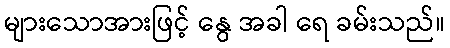
များသောအားဖြင့် နွေ အခါ ရေ ခမ်းသည်။